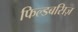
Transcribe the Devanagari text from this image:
फिल्डबसिज़